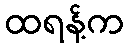
ထရန့်က